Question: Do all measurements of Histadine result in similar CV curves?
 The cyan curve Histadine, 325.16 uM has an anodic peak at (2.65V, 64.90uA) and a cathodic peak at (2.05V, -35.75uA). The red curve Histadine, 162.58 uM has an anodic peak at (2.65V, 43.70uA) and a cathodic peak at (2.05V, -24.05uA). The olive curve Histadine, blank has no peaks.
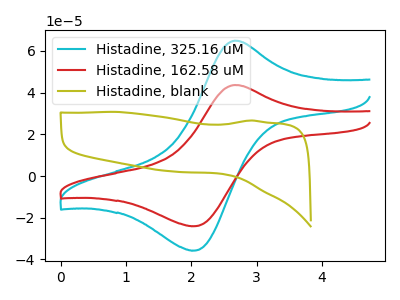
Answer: <think>All the peaks in "Histadine, 325.16 uM" have a peak in "Histadine, 162.58 uM" at the same potential. Every peak in "Histadine, 325.16 uM" is higher than every peak in "Histadine, 162.58 uM". "Histadine, 325.16 uM" and "Histadine, blank" have a different number of peaks. "Histadine, 162.58 uM" and "Histadine, blank" have a different number of peaks.
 </think>
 <answer>All the CV's of "Histadine" have similar shape.</answer>
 <eval>follow_rule</eval>